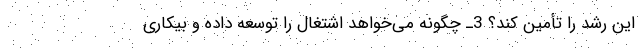
این رشد را تأمین کند؟ 3ـ چگونه می‌خواهد اشتغال را توسعه داده و بیکاری